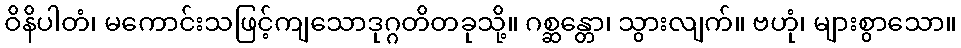
ဝိနိပါတံ၊ မကောင်းသဖြင့်ကျသောဒုဂ္ဂတိတခုသို့။ ဂစ္ဆန္တော၊ သွားလျက်။ ဗဟုံ၊ များစွာသော။